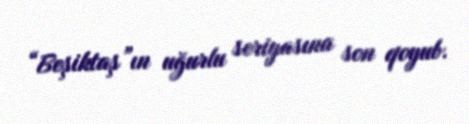
“Beşiktaş”ın uğurlu seriyasına son qoyub.